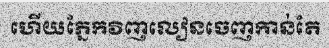
ហើយភ្នែកវិញលៀនចេញកាន់តែ